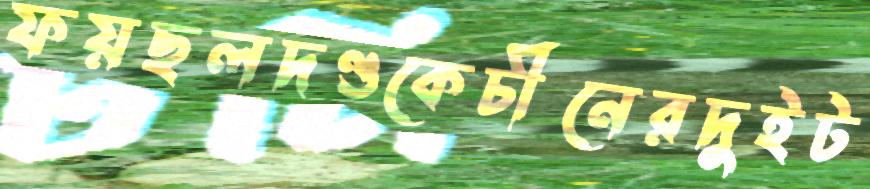
ফয়ছলদণ্ডকেচীনেরদুইট